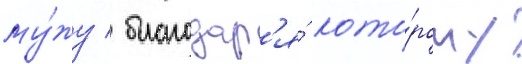
му́жу / благодар'я́ кото́рому